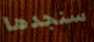
سنجدها